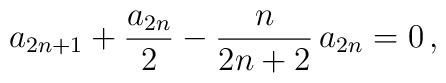
a_{2n+1}+\frac{a_{2n}}{2}-\frac{n}{2n+2}\,a_{2n}=0\,,